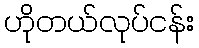
ဟိုတယ်လုပ်ငန်း